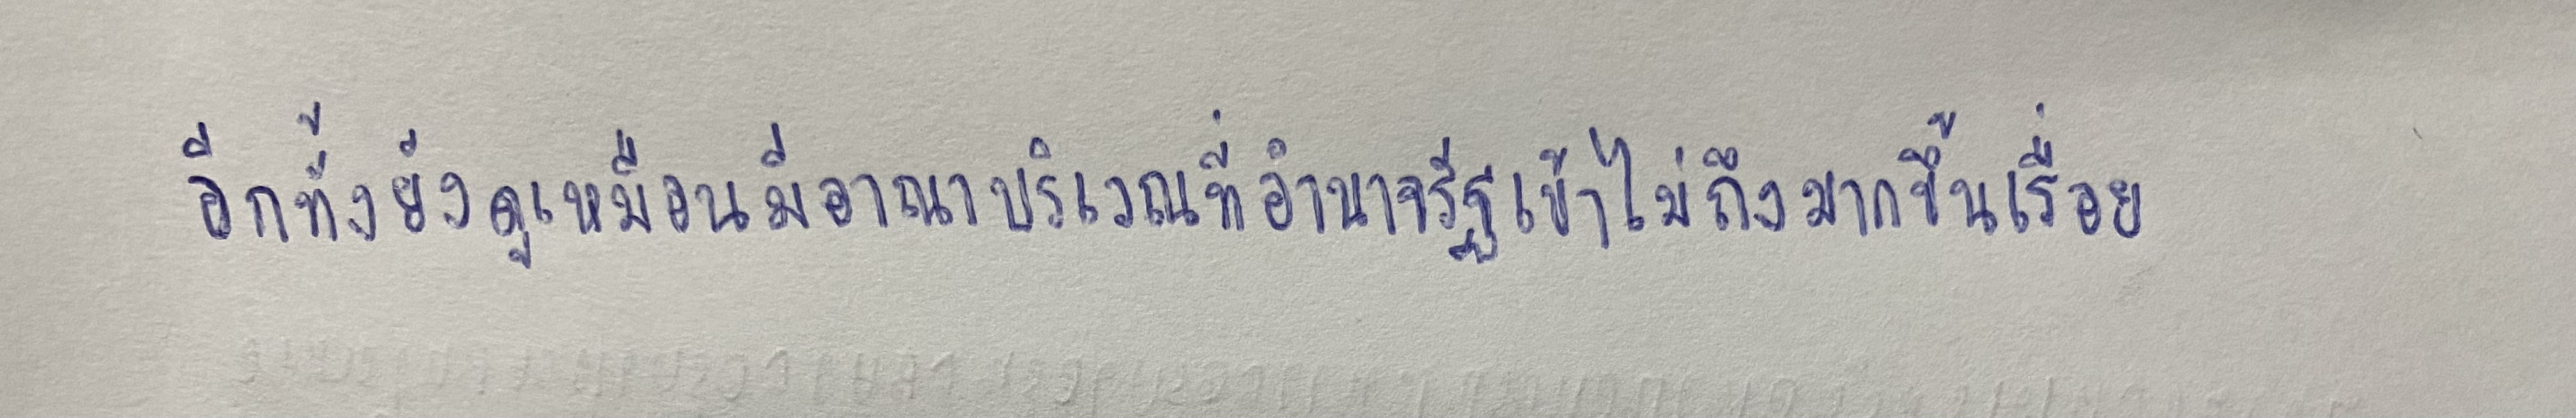
อีกทั้งยังดูเหมือนมีอาณาบริเวณที่อำนาจรัฐเข้าไม่ถึงมากขึ้นเรื่อย